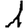
Digit: 1